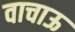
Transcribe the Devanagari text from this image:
वाचाऊ